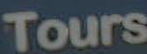
Tours